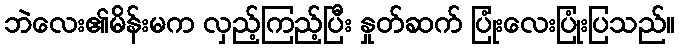
ဘဲလေး၏မိန်းမက လှည့်ကြည့်ပြီး နှုတ်ဆက် ပြုံးလေးပြုံးပြသည်။